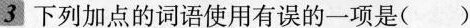
3 下列加点的词语使用有误的一项是()